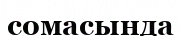
сомасында